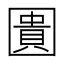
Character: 圚